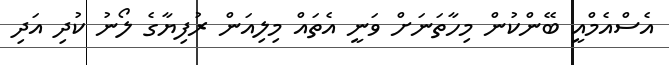
އެސްއެމްއީ ބޭންކުން މިހާތަނަށް ވަނީ އެތައް މިލިއަން ރުފިޔާގެ ލޯނު ކުދި އަދި